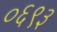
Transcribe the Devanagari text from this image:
०६९३